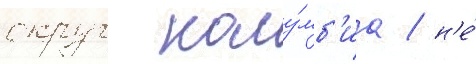
округ колу́мб'иа / н'е́